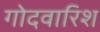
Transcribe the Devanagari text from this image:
गोदवारिश